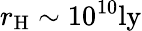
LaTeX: r_{\mathrm{H}}\sim 10^{10}\mathrm{ly}